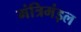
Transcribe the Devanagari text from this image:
मंत्रिमंड़ल